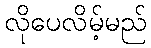
လိုပေလိမ့်မည်